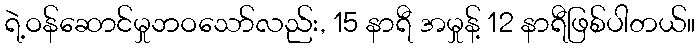
ရဲ့ဝန်ဆောင်မှုဘဝသော်လည်း, 15 နာရီ အမှုန့် 12 နာရီဖြစ်ပါတယ်။